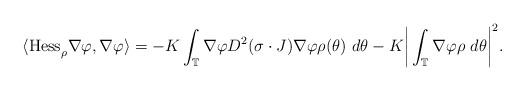
LaTeX: \begin{align*}\mbox{\ensuremath{\langle}Hess}_{\rho}\nabla\varphi,\nabla\varphi\rangle=-K\int_{\mathbb T} \nabla\varphi D^{2}(\sigma\cdot J)\nabla\varphi \rho(\theta) ~ d\theta-K\bigg|\int_{\mathbb T}\nabla\varphi\rho ~ d\theta\bigg|^{2}.\end{align*}